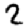
Digit: 2